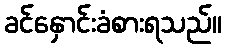
ခင်နှောင်းခံစားရသည်။